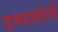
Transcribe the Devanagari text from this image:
दम्पत्योर्नौ